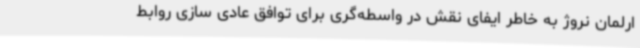
ارلمان نروژ به خاطر ایفای نقش در واسطه‌گری برای توافق عادی سازی روابط